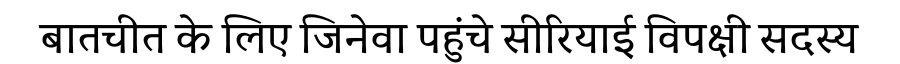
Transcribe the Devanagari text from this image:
बातचीत के लिए जिनेवा पहुंचे सीरियाई विपक्षी सदस्य